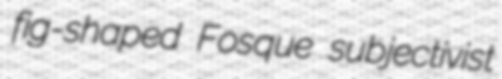
fig-shaped Fosque subjectivist